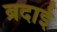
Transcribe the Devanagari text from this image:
ब्रदाई